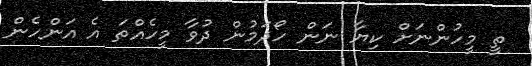
ތީ މީހުންނަށް ކިޔާ ނަން ހޯދަމުން ދުވާ މީހެއްތަ އެ އަންހެން